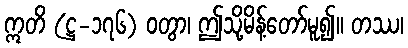
ဣတိ (ဋ္ဌ-၁၇၆) ဝတွာ၊ ဤသို့မိန့်တော်မူ၍။ တဿ၊